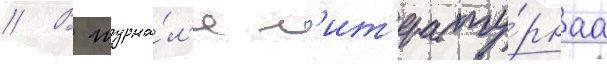
// В журна́л'е л'ит'ерату́рнаа